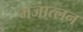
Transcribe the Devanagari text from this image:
मजात्लन